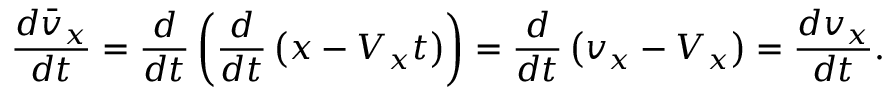
\frac { d \bar { v } _ { x } } { d t } = \frac { d } { d t } \left( \frac { d } { d t } \left( x - V _ { x } t \right) \right) = \frac { d } { d t } \left( v _ { x } - V _ { x } \right) = \frac { d v _ { x } } { d t } .